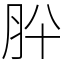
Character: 肸